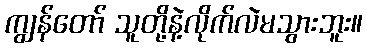
ကျွန်တော် သူတို့နဲ့လိုက်လဲမသွားဘူး။